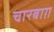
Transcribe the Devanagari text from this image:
चारबाग़